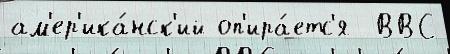
ам'ер'ика́нск'ий оп'ира́етс'я  ВВС